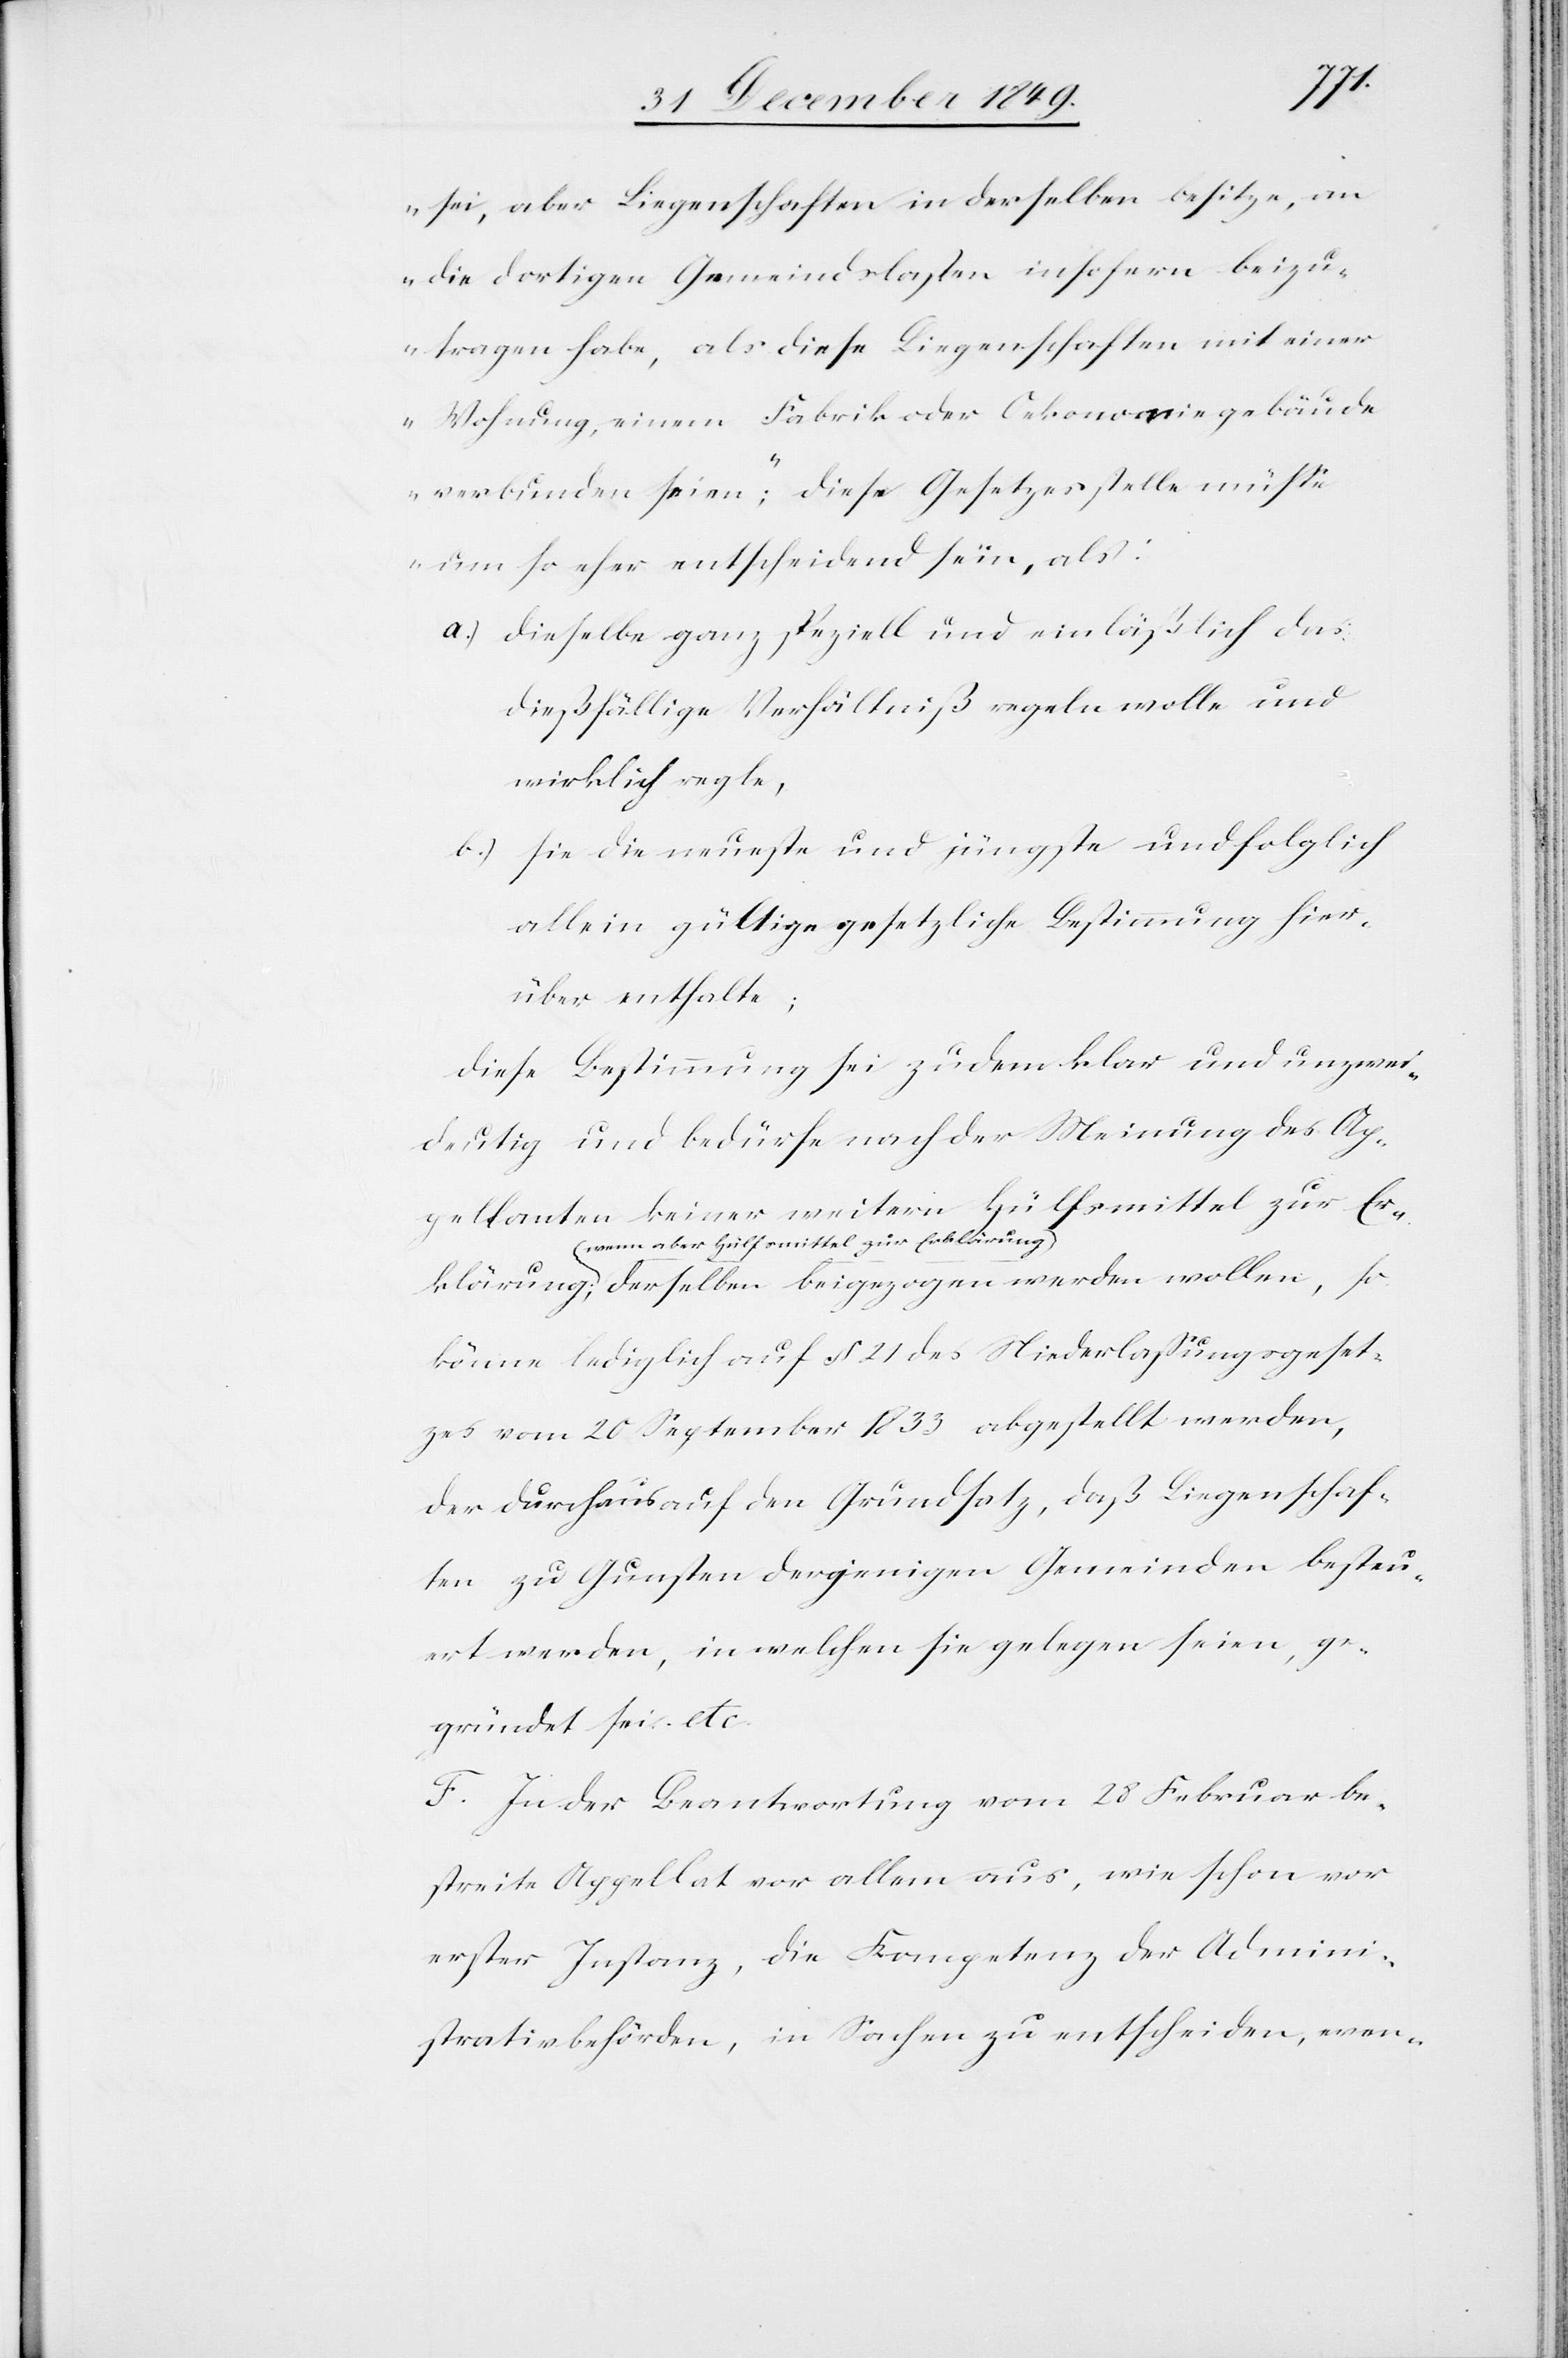
klärung;
sei, aber Liegenschaften in derselben besitze, an
die dortigen Gemeindslasten insofern beizu¬
tragen habe, als diese Liegenschaften mit einer
Wohnung, einem Fabrik oder Oekonomiegebäude
verbunden seien“; diese Gesetzesstelle müße
um so eher entscheidend sein, als:
a.) dieselbe ganz speziell und einläßlich das
dießfällige Verhältniß regeln wolle und
wirklich regle,
b.) sie die neueste und jüngste und folglich
allein gültige gesetzliche Bestimmung hier¬
über enthalte;
diese Bestimmung sei zudem klar und unzwei¬
deutig und bedürfe nach der Meinung des Ap¬
pellanten keiner weitern Hülfsmittel zur Er¬
wenn aber Hülfsmittel zur Erklärung
könne lediglich auf § 21 des Niederlaßungsgeset¬
zes vom 20 September 1833 abgestellt werden,
der durchaus den Grundsatz, daß Liegenschaf¬
ten zu Gunsten derjenigen Gemeinden besteu¬
ert werden, in welche sie gelegen seien, ge¬
gründet sei, etc.
F. In der Beantwortung vom 28 Februar be¬
streite Appellat vor allem aus, wie schon vor
erster Instanz, die Kompetenz der Admini¬
strativbehörden, in Sachen zu entscheiden, even-